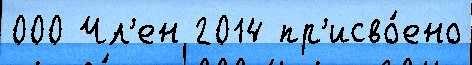
000 Чл'ен 2014 пр'исво́ено